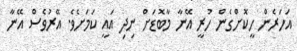
އަހަރެން ހީކޮށްގެން ހުރީ އޭނާ މާބޮޑަށް ނިދި އައީ ކަމަށެވެ. އޭރުވެސް އޭނާ